Vaccination North-Western Provinces and Oudh 1896-1901 - 1896-1901
Year: 1896
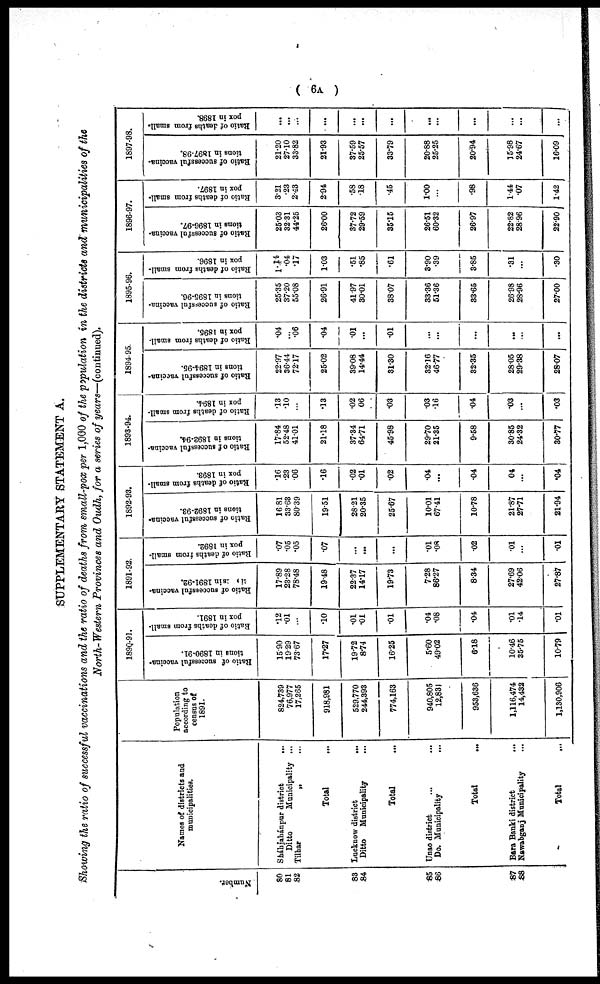
( 6A )
SUPPLEMENTARY STATEMENT A.
Showing the ratio of successful vaccinations and the ratio of deaths from small-pox per 1,000 of the population in the districts and municipalities of the
North-Western Provinces and Oudh, for a series of years—(continued).
Number.
80
81
82
83
84
85
86
87
88
Names of districts and
municipalities.
Sháhjahánpur district
...
Ditto
Municipality ...
Tilhar
„ ...
Total ...
Lucknow district
...
Ditto
Municipality ...
Total ...
Unao district
......
Do. Municipality ...
Total ...
Bara Banki district
...
Nawabganj Municipality ...
Total ...
Population
according to
census of
1891.
824,739
76,977
17,265
918,981
529,770
244,393
774,163
940,805
12,831
953,636
1,116,474
14,432
1,130,906
1890-91.
Ratio of successful vaccina-
tions in 1890-91.
15.90
19.29
73.67
17.27
19.72
8.74
16.25
5.60
49.02
6.18
10.46
35.75
10.79
Ratio of deaths from small-
pox in 1891.
.12
.01
...
.10
.01
.01
.01
.04
.08
.04
.01
.14
.01
1891-92.
Ratio of successful vaccina-
tions
in 1891-92.
17.89
23.28
78.48
19.48
22.37
14.17
19.73
7.28
86.27
8.34
27.69
42.06
27.87
Ratio of deaths from small-
pox in 1892.
.07
.05
.05
.07
...
...
...
.01
.08
.02
.01
...
.01
1892-93.
Ratio of successful vaccina-
tions in 1892-93.
16.81
33.63
80.39
19.51
28.21
20.35
25.67
10.01
67.41
10.78
21.87
27.71
21.94
Ratio of deaths from small-
pox in 1893.
.16
.23
.06
.16
.02
.01
.02
.04
...
.04
.04
...
.04
1893-94.
Ratio of successful vaccina-
tions in 1893-94.
17.84
52.48
41.01
21.18
37.34
64.71
45.98
29.70
21.35
9.58
30.85
24.32
30.77
Ratio of deaths from small-
pox in 1894.
.13
.10
...
.13
.02
.06
.03
.03
.16
.04
.03
...
.03
1894-95
Ratio of successful vaccina-
tions in 1894-95.
22.97
36.44
72.17
25.02
39.08
14.44
31.30
32.16
46.77
32.35
28.05
29.38
28.07
Ratio of deaths from small-
pox in 1895.
.04
...
.06
.04
.01
...
.01
...
...
...
...
...
...
1895-96.
Ratio of successful vaccina-
tions in 1895-96.
25.35
37.20
55.08
26.91
41.97
30.01
38.07
33.36
51.36
33.65
26.98
28.96
27.00
Ratio of deaths from small-
pox in 1896.
1.14
.04
.17
1.03
.51
.85
.61
3.90
.39
3.85
.31
...
.30
1896-97.
Ratio of successful vaccina-
tions in 1896-97.
25.03
32.31
44.25
26.00
37.72
29.59
35.15
26.51
60.32
26.97
22.82
28.96
22.90
Ratio of deaths from small-
pox in 1897.
3.21
.23
2.43
2.94
.58
.18
.45
1.00
...
.98
1.44
.07
1.42
1897-98.
Ratio of successful vaccina-
tions in 1897-98.
21.20
27.10
33.82
21.93
37.59
25.57
33.79
20.88
25.25
20.94
15.98
24.67
16.09
Ratio of deaths from small-
pox in 1898.
...
...
...
...
...
...
...
...
...
...
...
...
...